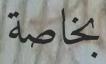
بخاصة